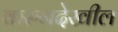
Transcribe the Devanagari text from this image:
करुनदेखील